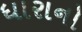
ધારાનો